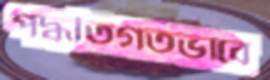
পদ্ধতিগতভাবে